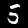
Digit: 5